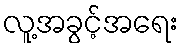
လူ့အခွင့်အရေး